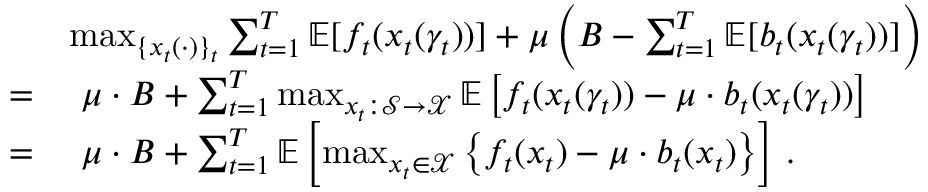
\begin{array} { r l } & { \operatorname* { m a x } _ { \{ x _ { t } ( \cdot ) \} _ { t } } \sum _ { t = 1 } ^ { T } \mathbb { E } [ f _ { t } ( x _ { t } ( \gamma _ { t } ) ) ] + \mu \left( B - \sum _ { t = 1 } ^ { T } \mathbb { E } [ b _ { t } ( x _ { t } ( \gamma _ { t } ) ) ] \right) } \\ { = } & { \ \mu \cdot B + \sum _ { t = 1 } ^ { T } \operatorname* { m a x } _ { x _ { t } : \mathcal { S } \to \mathcal { X } } \mathbb { E } \left[ f _ { t } ( x _ { t } ( \gamma _ { t } ) ) - \mu \cdot b _ { t } ( x _ { t } ( \gamma _ { t } ) ) \right] } \\ { = } & { \ \mu \cdot B + \sum _ { t = 1 } ^ { T } \mathbb { E } \left[ \operatorname* { m a x } _ { x _ { t } \in \mathcal { X } } \left\{ f _ { t } ( x _ { t } ) - \mu \cdot b _ { t } ( x _ { t } ) \right\} \right] \, . } \end{array}